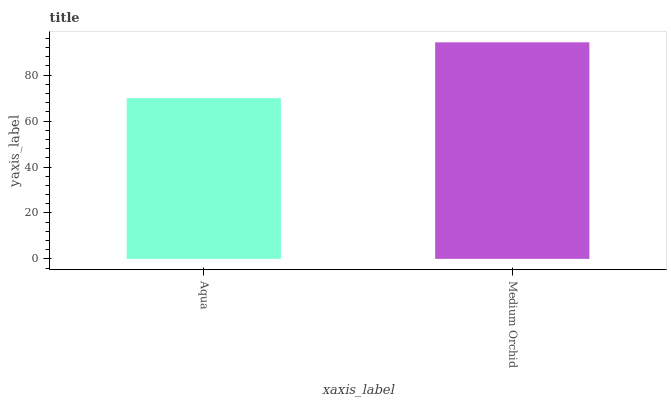
| xaxis_label | bars |
 | --- | --- |
 | Aqua | 70 |
 | Medium Orchid | 94.3 |